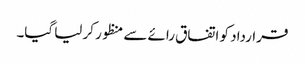
قرارداد کو اتفاق رائے سے منظور کر لیا گیا۔